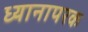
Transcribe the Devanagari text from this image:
ध्यानापरक